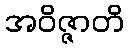
အဝိဇ္ဇာတိ